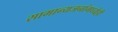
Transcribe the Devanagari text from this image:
सामान्यजनांमध्येही